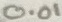
Text: 0.01